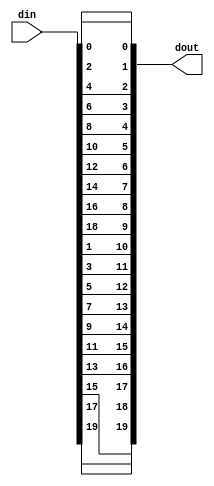
// (C) 2001-2016 Altera Corporation. All rights reserved.
// Your use of Altera Corporation's design tools, logic functions and other 
// software and tools, and its AMPP partner logic functions, and any output 
// files any of the foregoing (including device programming or simulation 
// files), and any associated documentation or information are expressly subject 
// to the terms and conditions of the Altera Program License Subscription 
// Agreement, Altera MegaCore Function License Agreement, or other applicable 
// license agreement, including, without limitation, that your use is for the 
// sole purpose of programming logic devices manufactured by Altera and sold by 
// Altera or its authorized distributors.  Please refer to the applicable 
// agreement for further details.


// $Id: $
// $Revision: $
// $Date: $
// $Author: $
//-----------------------------------------------------------------------------

// Copyright 2012 Altera Corporation. All rights reserved.  
// Altera products are protected under numerous U.S. and foreign patents, 
// maskwork rights, copyrights and other intellectual property laws.  
//
// This reference design file, and your use thereof, is subject to and governed
// by the terms and conditions of the applicable Altera Reference Design 
// License Agreement (either as signed by you or found at www.altera.com).  By
// using this reference design file, you indicate your acceptance of such terms
// and conditions between you and Altera Corporation.  In the event that you do
// not agree with such terms and conditions, you may not use the reference 
// design file and please promptly destroy any copies you have made.
//
// This reference design file is being provided on an "as-is" basis and as an 
// accommodation and therefore all warranties, representations or guarantees of 
// any kind (whether express, implied or statutory) including, without 
// limitation, warranties of merchantability, non-infringement, or fitness for
// a particular purpose, are specifically disclaimed.  By making this reference
// design file available, Altera expressly does not recommend, suggest or 
// require that this reference design file be used in combination with any 
// other product not provided by Altera.
/////////////////////////////////////////////////////////////////////////////

`timescale 1 ps / 1 ps
// baeckler - 05-29-2012

module sep_odd_even #(
	parameter WIDTH = 20
)(
	input [WIDTH-1:0] din,
	output [WIDTH-1:0] dout
);

genvar i;
generate
	for (i=0; i<WIDTH; i=i+1) begin : lp
		if (i & 1) begin
			assign dout[(WIDTH/2)+(i>>1)] = din[i];
		end
		else begin
			assign dout[i>>1] = din[i];
		end
	end
endgenerate

endmodule
// BENCHMARK INFO :  5SGXEA7N2F45C2
// BENCHMARK INFO :  Max depth :  0.0 LUTs
// BENCHMARK INFO :  Total registers : 0
// BENCHMARK INFO :  Total pins : 40
// BENCHMARK INFO :  Total virtual pins : 0
// BENCHMARK INFO :  Total block memory bits : 0
// BENCHMARK INFO :  Comb ALUTs :                         ; 1               ;       ;
// BENCHMARK INFO :  ALMs : 1 / 234,720 ( < 1 % )